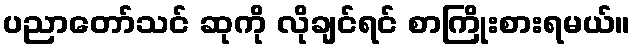
ပညာတော်သင် ဆုကို လိုချင်ရင် စာကြိုးစားရမယ်။